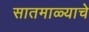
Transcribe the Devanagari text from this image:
सातमाळ्याचे